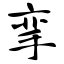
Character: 挛